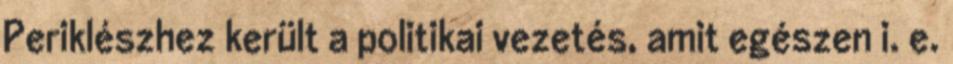
Periklészhez került a politikai vezetés, amit egészen i. e.